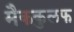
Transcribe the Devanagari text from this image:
मैककुलफ